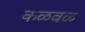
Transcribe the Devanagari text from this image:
कळवळ